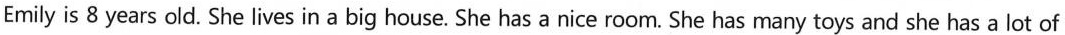
Emily is 8 years old. She lives in a big house. She has a niceroom. She has many toys and shehas a lot of